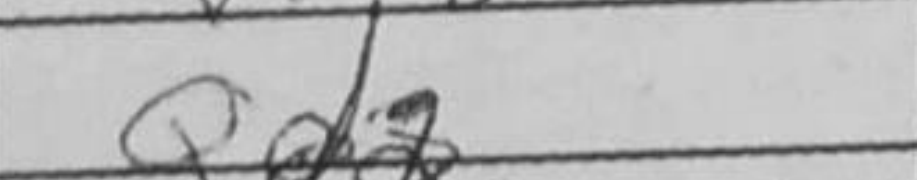
Transcription: Qd2